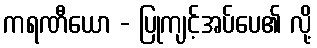
ကရဏီယော - ပြုကျင့်အပ်ပေ၏ လို့